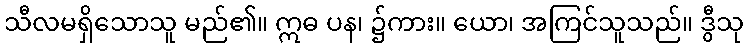
သီလမရှိသောသူ မည်၏။ ဣဓ ပန၊ ၌ကား။ ယော၊ အကြင်သူသည်။ ဒွီသု